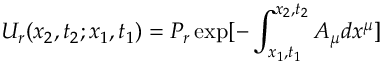
U _ { r } ( x _ { 2 } , t _ { 2 } ; x _ { 1 } , t _ { 1 } ) = P _ { r } \exp [ - \int _ { x _ { 1 } , t _ { 1 } } ^ { x _ { 2 } , t _ { 2 } } A _ { \mu } d x ^ { \mu } ]